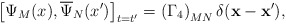
\begin{align*}\left[ \Psi _M(x),\overline{\Psi }_N(x^{\prime })\right]_{t=t^{\prime }}=\left( \Gamma _4\right) _{MN}\delta(\mathbf{x}-\mathbf{x}^{\prime }) ,\end{align*}